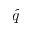
\hat { q }